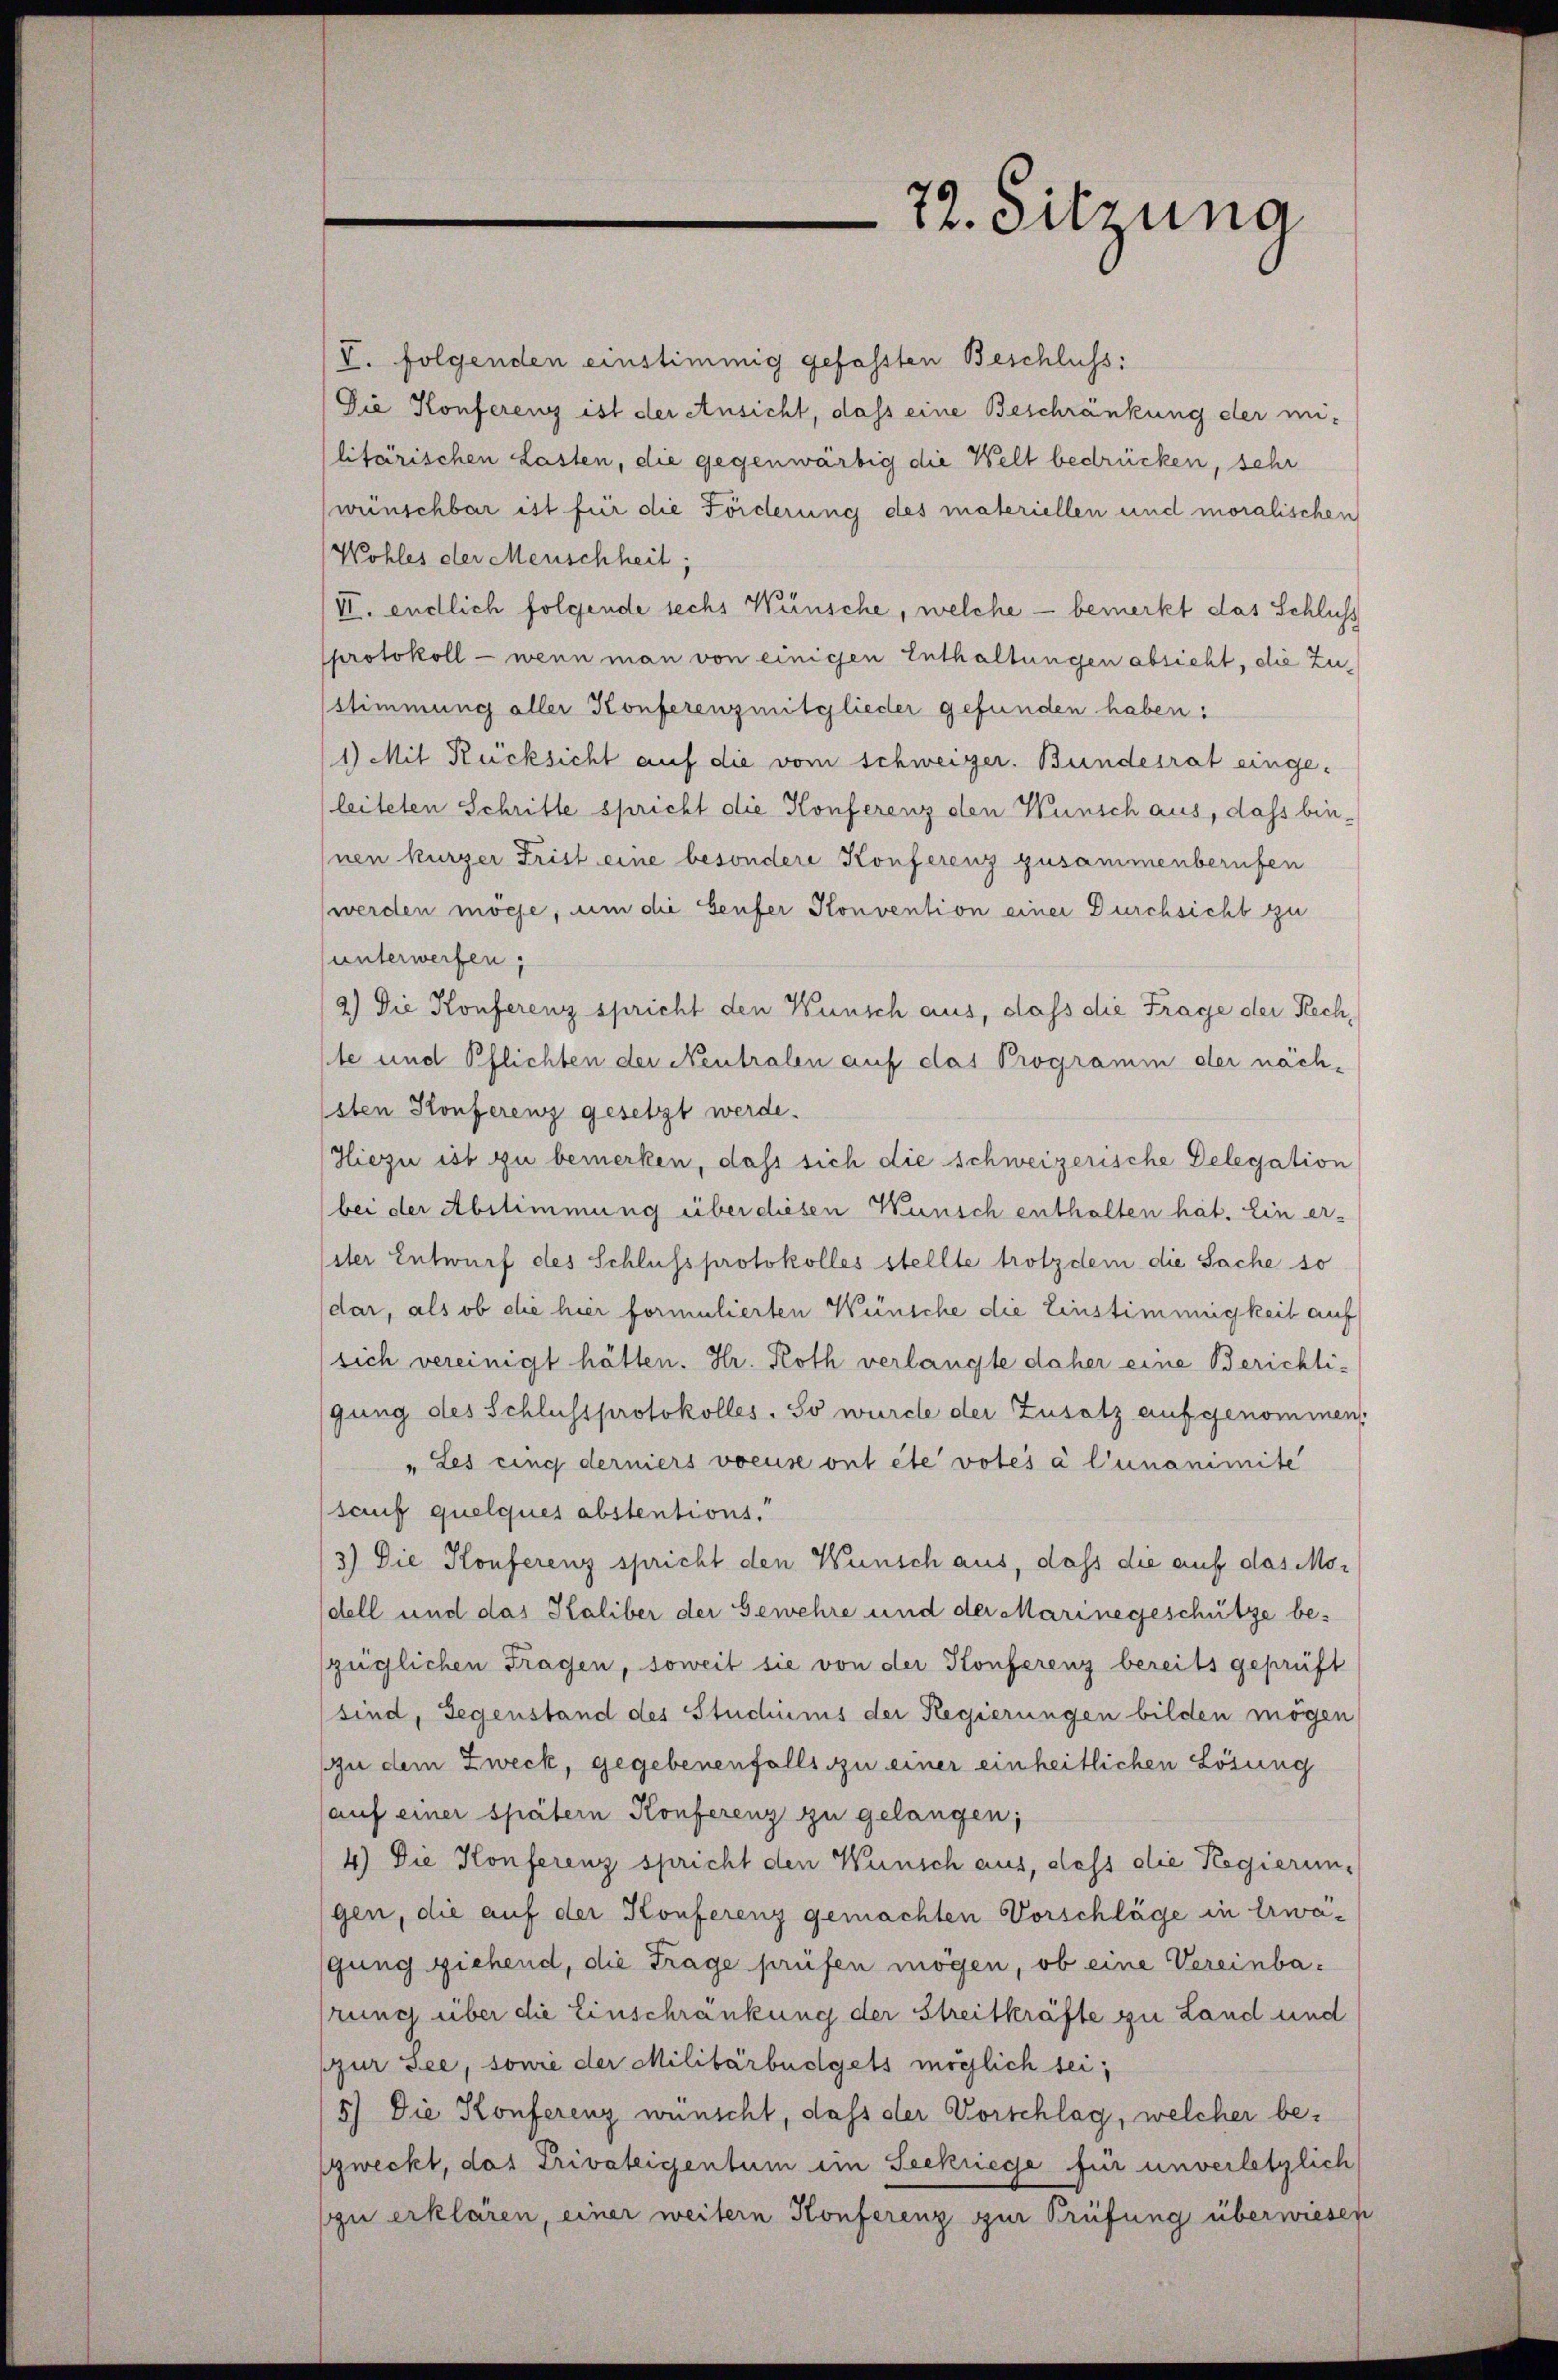
V. folgenden einstimmig gefassten Beschluss:
Die Konferenz ist der Ansicht, dass eine Beschränkung der mi-
litärischen Lasten, die gegenwärtig die Welt bedrücken, sehr
wünschbar ist für die Förderung des materiellen und moralischen
Wohles der Menschheit;
VI. endlich folgende sechs Wünsche, welche — bemerkt das Schluss
protokoll - wenn man von einigen Enthaltungen absicht, die Zusstimmung aller Konferenzmitglieder gefunden haben:
1) Mit Rücksicht auf die vom schweizer. Bundesrat eingeleiteten Schritte spricht die Konferenz den Wünsch aus, dass binnen kurzer Frist eine besondere Konferenz zusammenberufen
werden möge, um die Genfer Konvention einer Durchsicht zu
unterwerfen,
2) Die Konferenz spricht den Wunsch aus, dass die Frage der Rechste und Pflichten der Neutralen auf das Programm der nächeten Konferenz gesetzt werde.
Hiezu ist zu bemerken, daß sich die schweizerische Delegation
bei der Abstimmung über diesen Wünsch enthalten hat. Ein er-
dter Entwurf des Schluss protokolles stellte trotzdem die Sache so
(dar, als ob die hier formulierten Wünsche die Einstimmigkeit auf
sich vereinigt hätten. Hr. Roth verlangte daher eine Berichti-
gung des Schlussprotokolles. So wurde der Zusatz aufgenommen.
" Les eing derniers voeuse ont été votes à l’unanimite
sauf quelques abstentions.
3) Die Konferenz spricht den Wünsch aus, dass die auf das Modell und das Haliber der Gewehre und der Marinegeschütze bezüglichen Fragen, soweit sie von der Konferenz bereits geprüft
sind, Gegenstand des Studiums der Regierungen bilden mögen
u dem Zweck, gegebenenfalls zu einer einheitlichen Lösung
auf einer spätern Konferenz zu gelangen;
4) Die Konferenz spricht den Wünsch aus, dass die Regierungen, die auf der Konferenz gemachten Vorschläge in Erwägung ziehend, die Trage prüfen mögen, ob eine Vereinbarung über die Einschränkung der Streitkräfte zu Land und
zur See, sowie der Militärbüdgets möglich sei;
5) Die Konferenz wünscht, dass der Vorschlag, welcher bezweckt, das Privateigentum im Seekriege für unverletzlich
zu erklären, einer weitern Konferenz zur Prüfung überwiesen

72. Sitzung